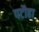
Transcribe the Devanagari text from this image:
पटौहा